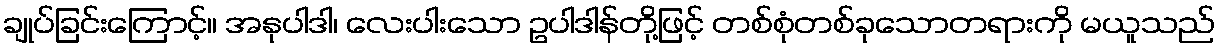
ချုပ်ခြင်းကြောင့်။ အနုပါဒါ၊ လေးပါးသော ဥပါဒါန်တို့ဖြင့် တစ်စုံတစ်ခုသောတရားကို မယူသည်